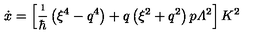
\dot { x } = \left[ \frac { \i } { \hbar } \left( \xi ^ { 4 } - q ^ { 4 } \right) + q \left( \xi ^ { 2 } + q ^ { 2 } \right) p { \mit \Lambda } ^ { 2 } \right] K ^ { 2 }